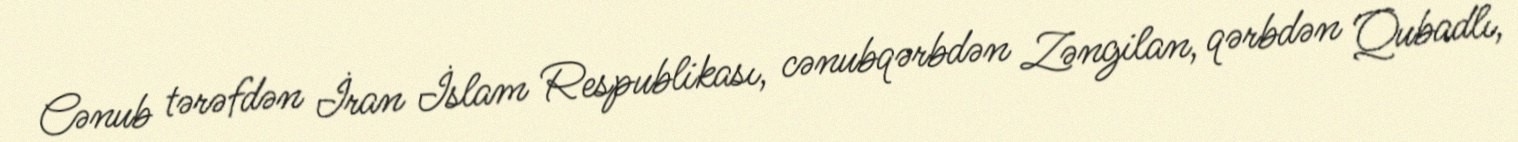
Cənub tərəfdən İran İslam Respublikası, cənubqərbdən Zəngilan, qərbdən Qubadlı,